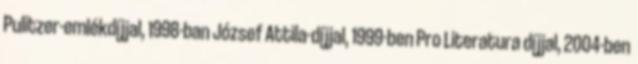
Pulitzer-emlékdíjjal, 1998-ban József Attila-díjjal, 1999-ben Pro Literatura díjjal, 2004-ben